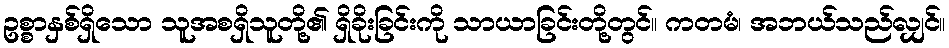
ဥစ္စာနှစ်ရှိသော သူအစရှိသူတို့၏ ရှိခိုးခြင်းကို သာယာခြင်းတို့တွင်။ ကတမံ၊ အဘယ်သည်လျှင်။